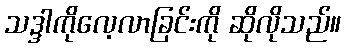
သဒ္ဒါကိုလေ့လာခြင်းကို ဆိုလိုသည်။